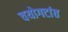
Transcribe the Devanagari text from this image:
वयोगटांत